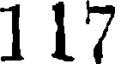
117